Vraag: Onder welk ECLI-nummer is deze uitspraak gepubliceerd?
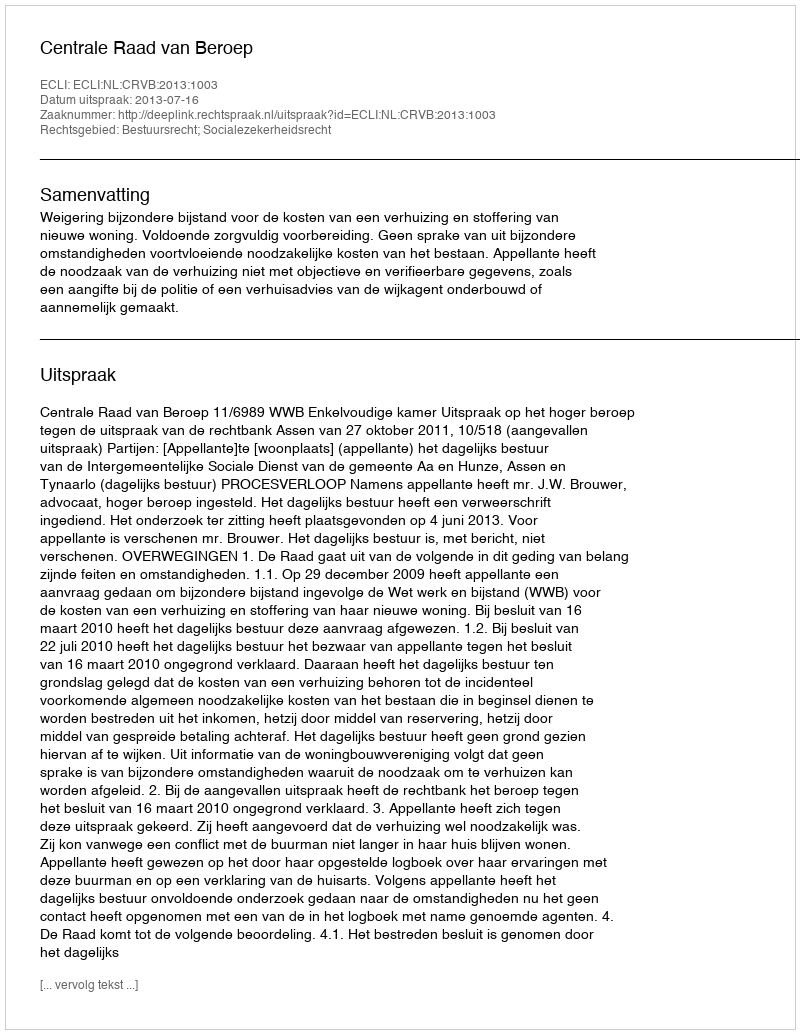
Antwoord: ECLI:NL:CRVB:2013:1003